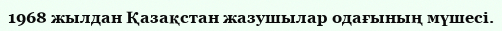
1968 жылдан Қазақстан жазушылар одағының мүшесі.